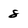
Character: 8